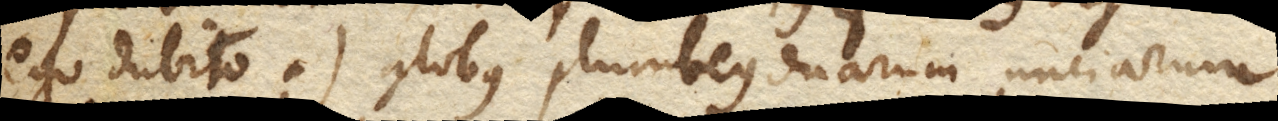
(+ Ego dubito. +) Globus plumbeus duarum unciarum